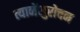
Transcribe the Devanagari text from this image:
त्यानेंसुरोचन